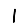
Digit: 1